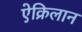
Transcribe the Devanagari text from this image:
ऐक्रिलान